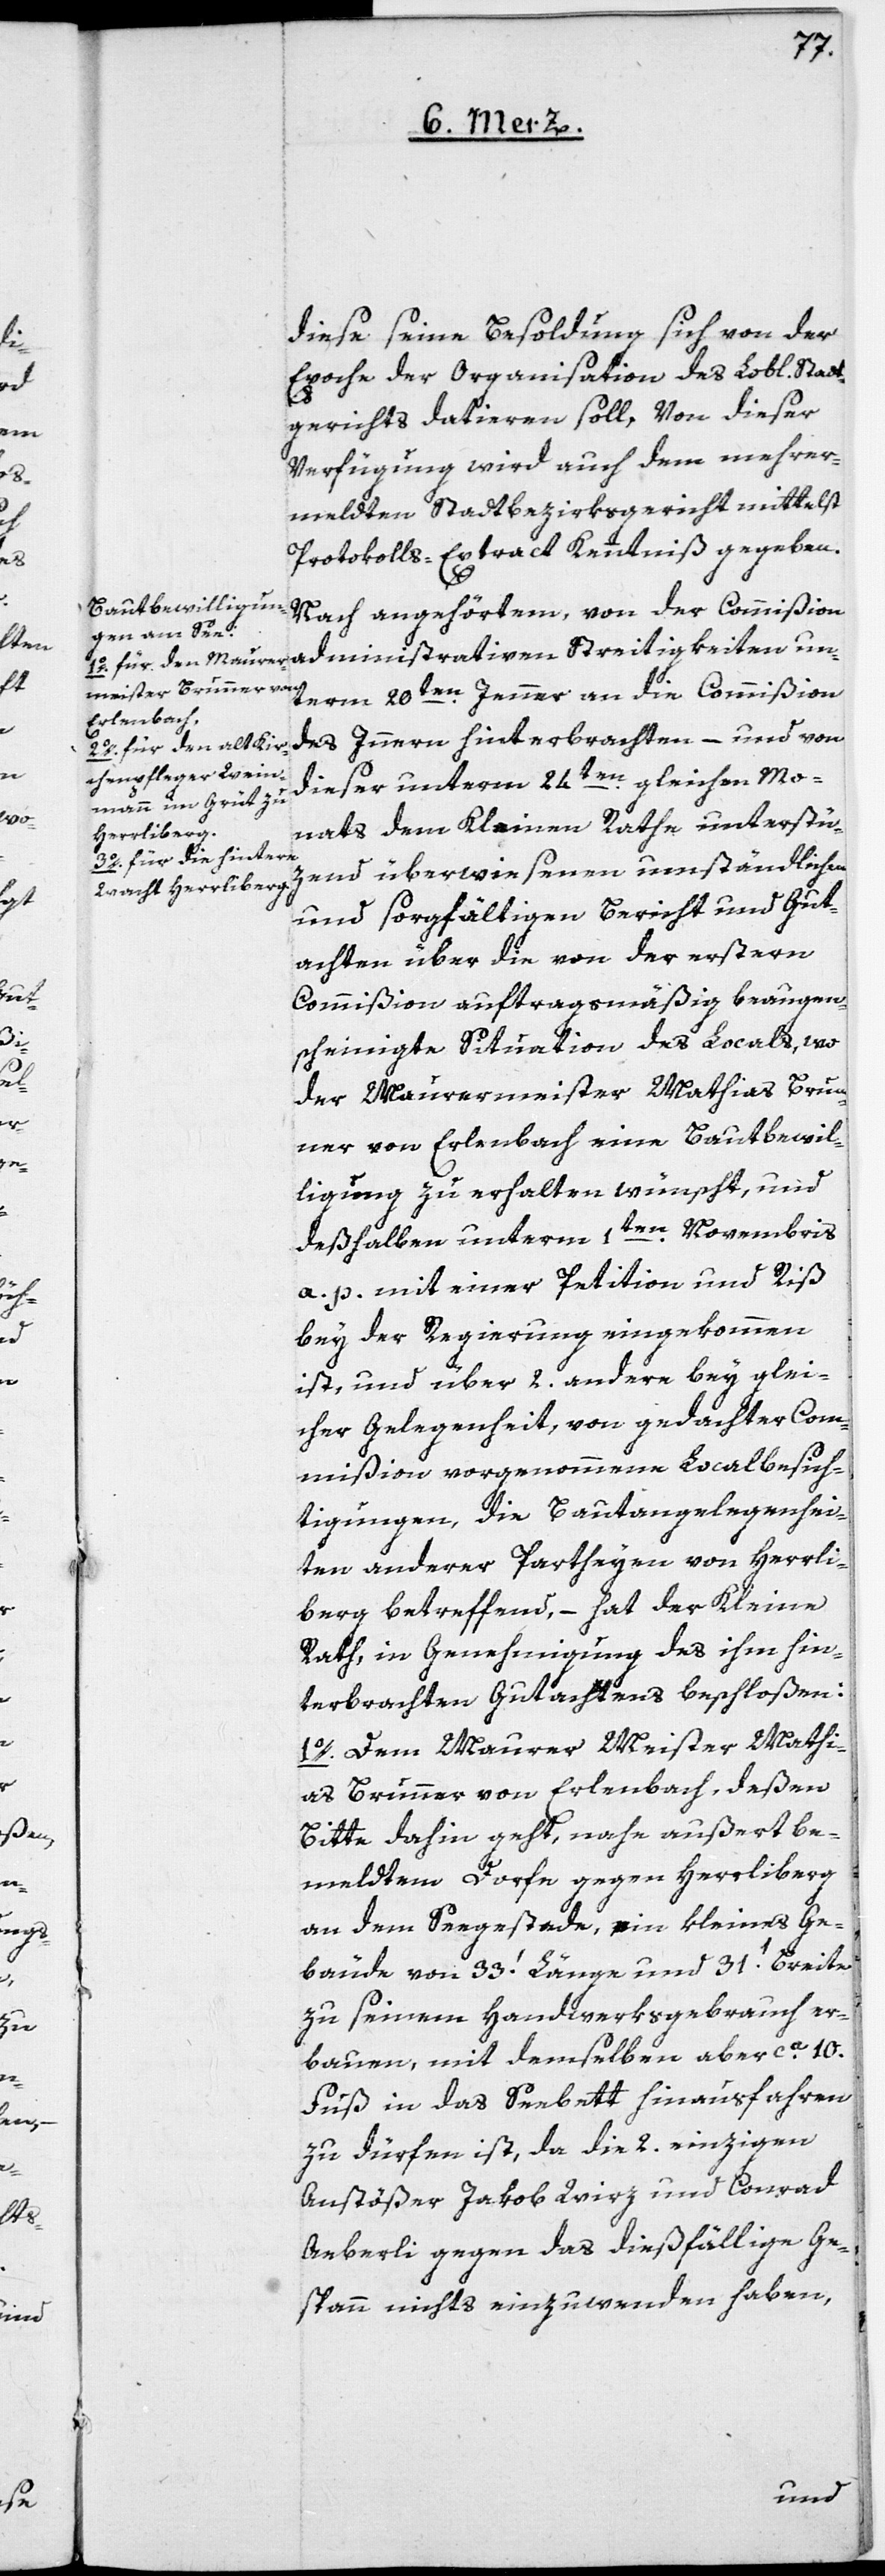
Stadt¬

diese seine Besoldung sich von der
Epoche der Organisation des Lob[lichen]
gerichts datieren soll. Von dieser
Verfügung wird auch dem mehrer¬
meldten Stadtbezirksgericht mittelst
Protokolls-Extract Kenntniß gegeben.
Nach angehörtem, von der Commißion
term 20ten Jenner an die Commißion
des Innern hinterbrachten – und von
dieser unterm 24ten gleichen Mo¬
nats dem Kleinen Rathe unterstü¬
zend überwiesenen umständlichen
und sorgfältigen Bericht und Gut¬
achten über die von der erstern
Commißion auftragsmäßig beaugen¬
scheinigte Situation des Locals, wo
der Maurermeister Mathias Brun¬
ner von Erlenbach eine Bautbewil¬
ligung zu erhalten wünscht, und
deßhalben unterm 1ten Novembris
a. p. mit einer Petiton und Riß
bei der Regierung eingekommen
ist, und über 2. andere bey glei¬
cher Gelegenheit, von gedachter Com¬
mißion vorgenommene Localbesich¬
tigungen, die Bautangelegenhei¬
ten anderer Partheyen von Herrli¬
berg betreffend, – hat der Kleine
Rath, in Genehmigung des ihm hin¬
terbrachten Gutachtens beschloßen:
1o. Dem Maurer Meister Mathi¬
as Brunner von Erlenbach, deßen
Bitte dahin geht, nahe außert be¬
meldtem Dorfe gegen Herrliberg
an dem Seegestade, ein kleines Ge¬
bäude von 33’ Länge und 31’ Breite
zu seinem Handwerksgebrauch er¬
bauen, mit demselben aber ca. 10.
Fuß in das Seebett hinausfahren
zu dürfen ist, da die 2. einzigen
Anstößer Jakob Wirz und Conrad
Aeberli gegen das dießfällige Ge¬
spann nichts einzuwenden haben,
un¬